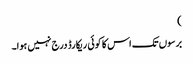
)
برسوں تک اس کا کوئی ریکارڈ درج نہیں ہوا۔